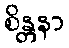
စိန္တနာ